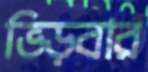
ভিড়বার